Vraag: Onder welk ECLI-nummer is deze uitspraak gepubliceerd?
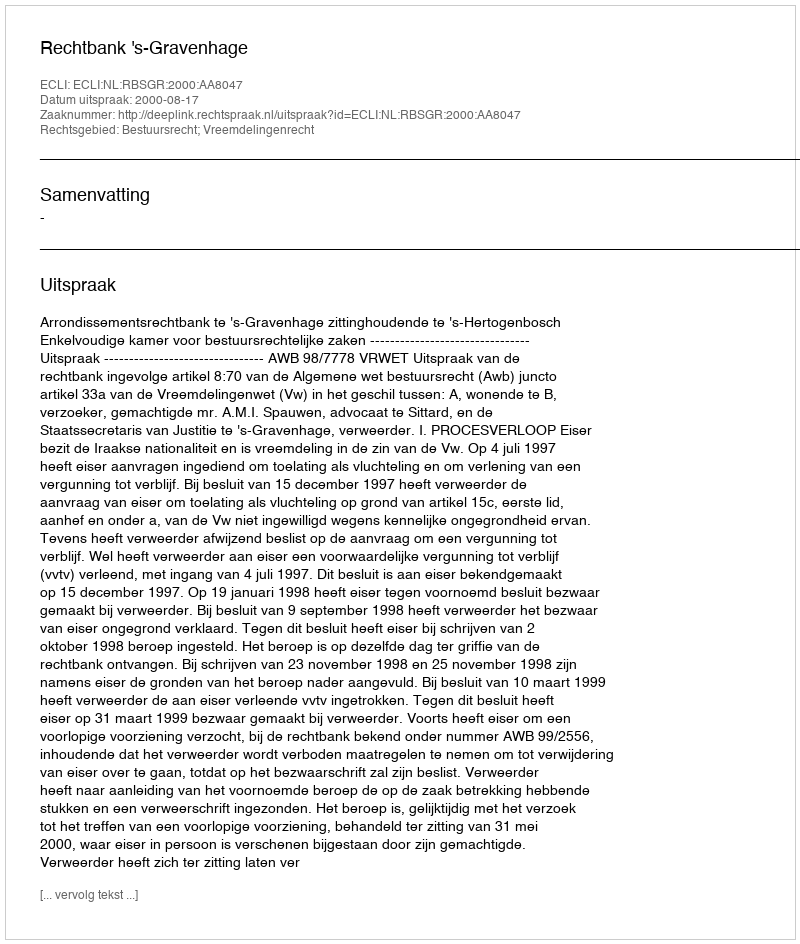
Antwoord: ECLI:NL:RBSGR:2000:AA8047